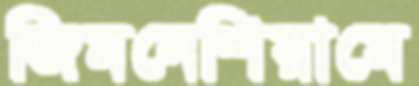
জিমনেশিয়ামে